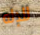
للإله